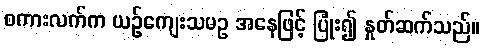
စကားလက်က ယဉ်ကျေးသမဥ အနေဖြင့် ပြုံး၍ နှုတ်ဆက်သည်။